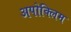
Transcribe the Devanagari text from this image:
अपोक्लिम